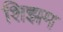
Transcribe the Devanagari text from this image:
शिझम